Report on vaccination in Madras 1904-1921 - 1904-1921
Year: 1904
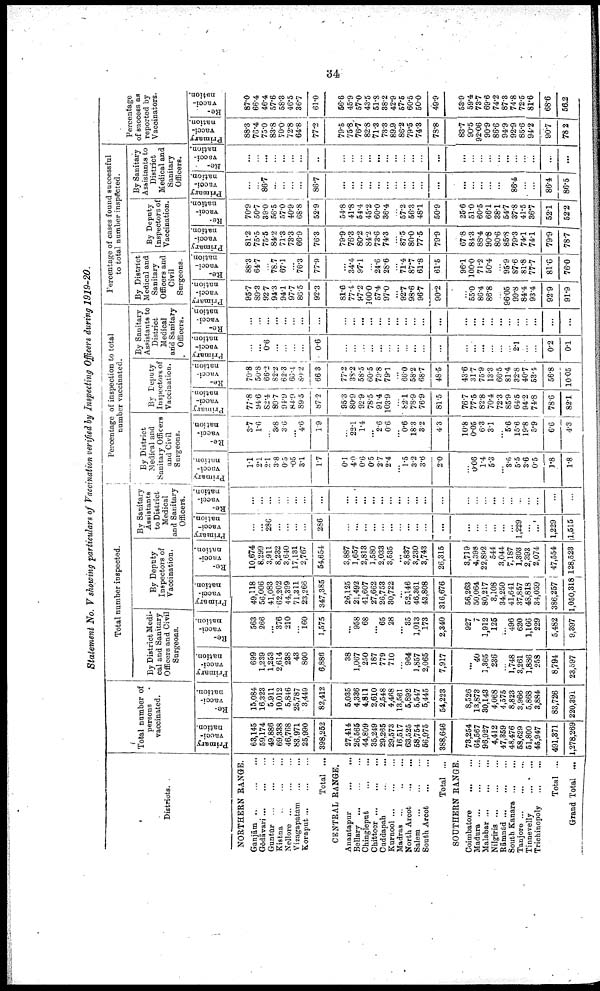
34
Statement No. V showing particulars of Vaccination verified by Inspecting Officers during 1919-20.
Districts.
NORTHERN RANGE.
Granjām..
... ...
Gōdāvari... ... ...
Guntūr...
...
...
Kistna...
...
...
Nellore...
...
...
Vizagapatam... ... ...
Koraput...
...
...
Total ...
CENTRAL RANGE.
Anantapur...
...
...
Bellary... ... ...
Chingleput... ...
Chittoor...
...
...
Cuddapah...
...
...
Kurnool...
...
...
Madras ...
North Arcot... ... ...
Salem ... ... ...
South Arcot... ... ...
Total ...
SOTUTHERN RANGE.
Coimbatore...
...
...
Madura...
...
...
Malabar... ... ... ...
Nilgiris... ... ...
Rāmnād...
...
...
South Kanara ...
Tanjore...
...
...
Tinnevelly...
...
...
Trichinopoly... ... ...
Total ...
Grand Total ...
Total number of
persons
vaccinated.
Primary
vacci-
nation.
63,145
59,174
49,886
69,338
46,768
83,971
25,990
398,252
27,414
26,565
44,809
35,249
29,265
29,573
16,517
63,525
58,754
56,975
388,646
73,254
64,567
96,927
4,412
47,359
48,476
58,629
51,800
45,947
491,371
1,278,269
Re-
vacci
nation.
15,084
16,323
5,911
10,012
5,846
25,787
3,449
82,412
5,035
4,336
4,811
2,610
2,548
4,468
13,561
5,892
5,547
5,445
54,223
8,526
13,873
30,143
4,068
4,575
8,823
3,966
5,868
3,884
83,726
220,391
Total number inspected.
By District Medi-
cal and Sanitary
Officers and Civil
Surgeons.
Primary
vacci
nation.
699
1,239
1,253
2,614
238
43
800
6,886
38
1,067
250
187
779
710
...
964
1,857
2,065
7,917
...
40
1,365
236
...
1,748
3,261
1,886
258
8,794
23,597
Re-
vacci
nation.
563
266
...
376
210
...
160
1,575
...
958
68
...
65
28
...
35
1,013
173
2,340
927
7
1,912
125
...
496
620
1,166
229
5,482
9,397
By Deputy
Inspectors of
Vaccination.
Primary
vacci-
nation.
49,118
56,006
41,083
62,202
44,399
71,311
23,266
347,385
26,125
21,492
41,607
27,662
26,753
30,722
...
52,146
46,361
43,808
316,676
56,263
50,064
80,217
3,108
34,250
41,641
37,857
48,818
34,039
386,257
1,050,318
Re-
vacci
nation.
10,674
8,299
3,911
8,232
3,640
17,131
2,767
54,654
3,887
1,657
2,813
1,580
2,033
3,535
...
3,837
3,230
3,743
26,315
3,719
4,398
22,892
544
3,044
7,187
1,303
2,393
2,074
47,554
128,523
By Sanitary
Assistants
to District
Medical
and Sanitary
Officers.
Primary
vacci-
nation.
...
...
286
...
...
...
...
286
...
...
...
...
...
...
...
...
...
...
...
...
...
...
...
...
...
1,229
...
...
1,229
1,515
Re-
vacci
nation.
...
...
...
...
...
...
...
...
...
...
...
...
...
...
...
...
...
...
...
...
...
...
...
...
...
...
...
...
...
...
Percentage of inspection to total
number vaccinated.
By District
Medical and
Sanitary Officers
and Civil
Surgeons.
Primary
vacci
nation.
l.l
2.1
2.1
3.8
0.5
.05
3.1
1.7
0.1
4.0
0.6
0.5
2.7
2.4
...
1.5
3.2
3.6
2.0
...
0.06
1.4
5.3
...
3.6
5.5
3.6
0.5
1.8
1.8
Re-
vacci
nation.
3.7
1.6
...
3.8
3.6
...
4.6
1.9
...
22.1
1.4
...
2.6
0.6
...
0.6
18.3
3.2
4.3
10.8
0.05
6.3
3.1
...
5.6
15.6
19.8
5.9
6.6
4.3
By Deputy
Inspectors of
Vaccination.
Primary
vacci
nation.
77.8
94.6
82.4
89.7
94.9
84.9
89.5
87.2
95.3
80.9
92.9
78.5
91.4
103.9
...
82.1
78.9
76.9
81.5
76.7
77.5
82.8
70.4
72.3
85.9
64.5
94.2
74.8
78.6
82.1
Re-
vacci-
nation.
70.8
50.8
66.2
82.2
62.3
66.4
80.2
66.3
77.2
33.2
58.5
60.5
79.8
79.1
...
66.0
58.2
68.7
48.5
43.6
31.7
75.9
13.3
66.5
81.4
32.8
40.7
53.4
56.8
10.05
By Sanitary
Assistants to
District
Medical
and Sanitary
Officers.
Primary
vacci
nation.
...
...
0.6
...
...
...
...
0.6
...
...
...
...
...
...
...
...
...
...
...
...
...
...
...
...
...
2.1
...
...
0.2
0.1
Re-
vacci-
nation
...
...
...
...
...
...
...
...
...
...
...
...
...
...
...
...
...
...
...
...
...
...
...
...
...
...
...
...
...
...
Percentage of cases found successful
to total number inspected.
By District
Medical and
Sanitary
Officers and
Civil
Surgeons.
Primary
vacci
nation.
95.7
89.3
92.7
94.3
94.1
97.7
86.5
92.3
81.6
77.4.
97.2
100.0
57.4
97.0
...
92.7
98.6
96.7
90.2
...
55.0
86.4
86.8
...
96.05
99.8
84.4
93.4
92.9
91.9
Re.
vacci
nation.
88.3
64.7
...
78.7
67.1
...
76.3
77.9
...
34.4
97.1
...
24.6
28.6
...
71.4
87.7
61.8
61.5
96.1
100.0
71.2
50.4
...
95.9
87.6
81.8
77.7
81.6
76.0
By Deputy
Inspectors of
Vaccination.
Primary
vacci
nation.
81.2
75.5
75.5
84.2
71.3
73.3
66.9
76.3
79.9
76.3
80.2
84.2
73.6
74.3
...
87.5
80.0
77.5
79.9
67.8
84.3
88.4
90.8
80.6
85.8
79.3
74.1
74.1
79.9
78.7
Re-
vacci-
nation.
70.9
50.7
39.0
56.5
57.0
40.9
68.8
52.9
54.8
41.8
54.4
45.2
60.0
36.4
...
57.2
56.3
48.1
50.9
25.6
51.0
60.5
66.1
38.1
54.7
37.8
41.5
36.7
52.1
52.2
By Sanitary
Assistants to
District
Medical and
Sanitary
Officers.
Primary
vacci
nation.
...
...
86.7
...
...
...
...
86.7
...
...
...
...
...
...
...
...
...
...
...
...
...
...
...
...
...
86.4
...
...
86.4
86.5
Re
vscci-
nation.
...
...
...
...
...
...
...
..
...
...
...
...
...
...
...
...
...
...
...
...
...
...
...
...
...
...
...
...
...
...
Percentage
of success as
reported by
Vaccinators.
Primary
vacci
nation.
88.3
76.4
75.0
83.8
70.0
72.8
64.8
77.2
79.5
75.8
76.7
82.8
71.3
73.3
89.9
86.2
79.5
74.3
78.8
83.7
90.5
92.06
90.9
86.6
94.9
92.9
85.6
94.2
90.7
78.2
Re- .
vacci
nation.
87.0
66.4
46.4
57.6
58.3
46.5
36.7
61.0
56.6
45.9
57.0
43.5
51.8
38.2
42.9
57.5
60.5
50.0
49.9
53.9
59.4
73.7
69.6
74.2
87.3
74.8
72.5
81.6
68.6
56.2